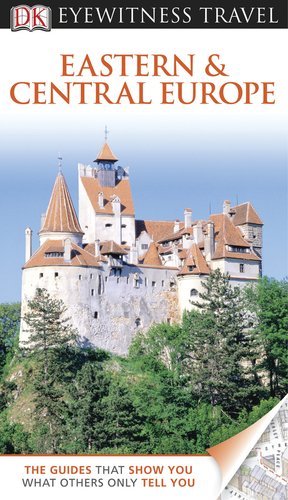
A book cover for DK Eyewitness Travel Guide: Estonia, Latvia, and Lithuania by Bousfield, Jonathan, Oates, John, Jarvis, Howard, Ochser, Ti (2013) Paperback; Travel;